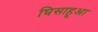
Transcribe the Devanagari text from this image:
घिसाहुआ